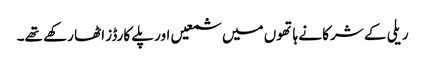
ریلی کے شرکا نے ہاتھوں میں شمعیں اور پلے کارڈز اٹھا رکھے تھے۔